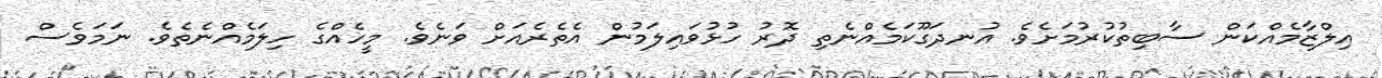
އިލްޒާމެއްކަން ސާބިތުކުރުމަށެވެ. އުނދަގޫކަމެއްނެތި ދޮރު ހުޅުވައިލަމުުން އެތެރެއަށް ވަނެވެ. މީހެއްގެ ހިލަމެއްނެތެވެ. ނަމަވެސް